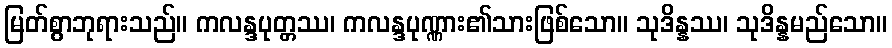
မြတ်စွာဘုရားသည်။ ကလန္ဒပုတ္တဿ၊ ကလန္ဒပုဏ္ဏား၏သားဖြစ်သော။ သုဒိန္နဿ၊ သုဒိန္နမည်သော။